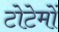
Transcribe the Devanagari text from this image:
टोटेमों